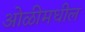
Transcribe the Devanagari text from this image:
ओळीमधील